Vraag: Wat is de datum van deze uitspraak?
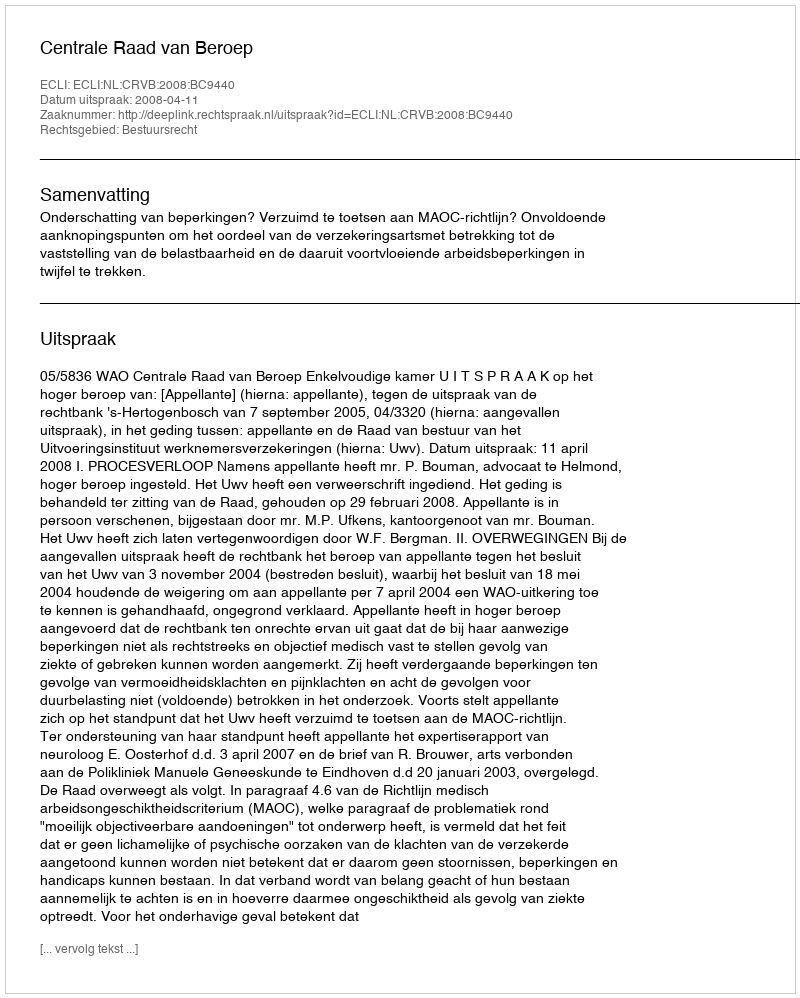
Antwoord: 2008-04-11